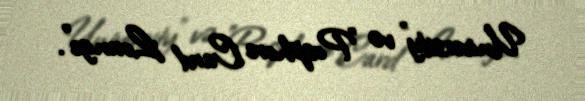
University" və "Posphore Card Lounge".